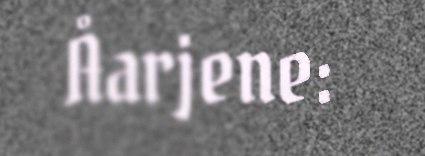
Åarjene: